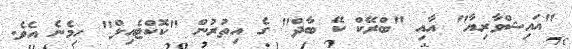
"އައިޝްވާރިޔާ" އާއި "ބްރޭކް ކޭ ބާދް" ގެ އިތުރުން "ކޮކްޓެއިލް" ހިމެނެ އެވެ.